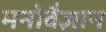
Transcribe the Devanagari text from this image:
मनोवैज्ञान